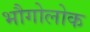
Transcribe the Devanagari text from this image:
भौगोलोक